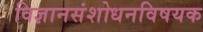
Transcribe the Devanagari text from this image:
विज्ञानसंशोधनविषयक